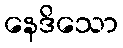
နေဒိသော